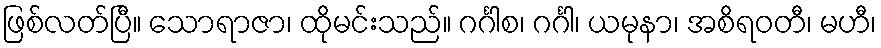
ဖြစ်လတ်ပြီ။ သောရာဇာ၊ ထိုမင်းသည်။ ဂင်္ဂါစ၊ ဂင်္ဂါ၊ ယမုနာ၊ အစိရဝတီ၊ မဟီ၊